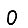
Digit: 0